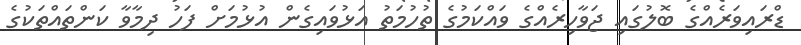
ޑްރައިވަރެއްގެ ބޮލުގައި ޖަވާހިރެއްގެ ވައްކަމުގެ ތުހުމަތު އަޅުވައިގެން އުޅުމަށް ފަހު ދިމާވާ ކަންތައްތަކުގެ